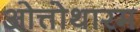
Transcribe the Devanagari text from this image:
ओत्तोथारम